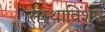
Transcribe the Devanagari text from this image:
संस्थाविशेष